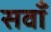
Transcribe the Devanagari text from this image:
सवाँ